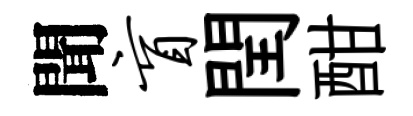
聞盲閏酣